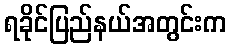
ရခိုင်ပြည်နယ်အတွင်းက